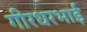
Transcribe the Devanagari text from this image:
गीरधरभाई